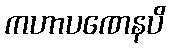
ကဟာပဏေနပိ